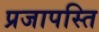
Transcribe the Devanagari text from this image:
प्रजापस्ति